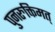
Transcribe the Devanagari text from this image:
पुनरुक्तिमत्